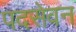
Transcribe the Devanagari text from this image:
पदसेवन